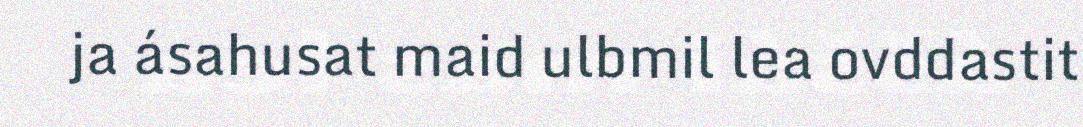
ja ásahusat maid ulbmil lea ovddastit